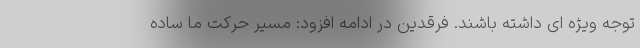
توجه ویژه ای داشته باشند. فرقدین در ادامه افزود: مسیر حرکت ما ساده